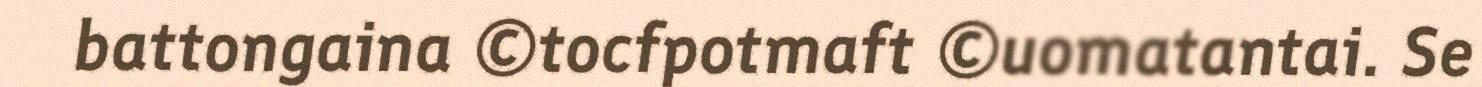
battongaina ©tocfpotmaft ©uomatantai. Se